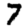
Digit: 7